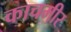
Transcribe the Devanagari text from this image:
काचमीर